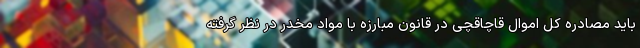
باید مصادره کل اموال قاچاقچی در قانون مبارزه با مواد مخدر در نظر گرفته